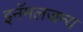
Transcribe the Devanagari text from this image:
इनॅमलजन्य